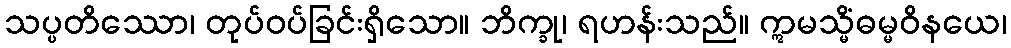
သပ္ပတိဿော၊ တုပ်ဝပ်ခြင်းရှိသော။ ဘိက္ခု၊ ရဟန်းသည်။ ဣမသ္မိံဓမ္မဝိနယေ၊